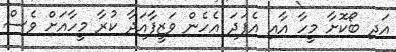
އަދި ބޯކޮށާ މީހާ އާއި އެފަދަ އެހެން ވަޒީފާއަދާ ކުރާ މީހާއަށް ވެސް